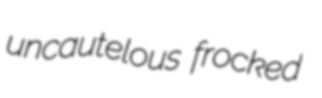
uncautelous frocked